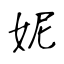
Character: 妮